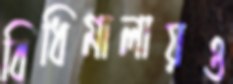
বিধিমালায়ও